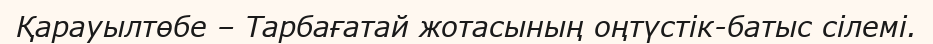
Қарауылтөбе – Тарбағатай жотасының оңтүстік-батыс сілемі.